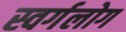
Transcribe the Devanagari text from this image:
स्वर्गलोग